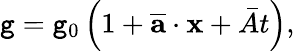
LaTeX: \mathtt{g}=\mathtt{g}_{0}\left(1+\overline{{{\textbf{{a}}}}}\cdot\textbf{{x}}+\bar{{A}}t\right),